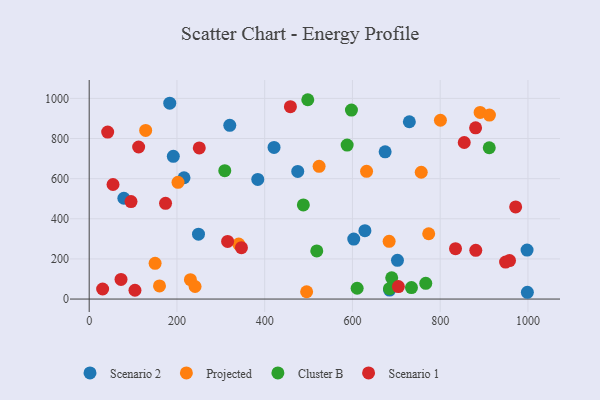
{"axis": {"x": "Investment", "y": "Salary"}, "legend": ["Cluster B", "Projected", "Scenario 1", "Scenario 2"], "data": [{"x": "384.2", "y": 596.3, "type": "Scenario 2"}, {"x": "191.7", "y": 711.2, "type": "Scenario 2"}, {"x": "216.1", "y": 604.5, "type": "Scenario 2"}, {"x": "998.0", "y": 244.0, "type": "Scenario 2"}, {"x": "183.6", "y": 976.1, "type": "Scenario 2"}, {"x": "684.6", "y": 45.0, "type": "Scenario 2"}, {"x": "421.3", "y": 755.5, "type": "Scenario 2"}, {"x": "320.4", "y": 865.8, "type": "Scenario 2"}, {"x": "79.0", "y": 502.5, "type": "Scenario 2"}, {"x": "729.7", "y": 883.6, "type": "Scenario 2"}, {"x": "998.7", "y": 33.8, "type": "Scenario 2"}, {"x": "475.3", "y": 636.2, "type": "Scenario 2"}, {"x": "702.6", "y": 193.2, "type": "Scenario 2"}, {"x": "603.0", "y": 298.8, "type": "Scenario 2"}, {"x": "249.1", "y": 323.2, "type": "Scenario 2"}, {"x": "628.4", "y": 341.0, "type": "Scenario 2"}, {"x": "674.5", "y": 734.0, "type": "Scenario 2"}, {"x": "800.5", "y": 891.2, "type": "Projected"}, {"x": "683.6", "y": 287.7, "type": "Projected"}, {"x": "773.8", "y": 325.5, "type": "Projected"}, {"x": "128.7", "y": 840.5, "type": "Projected"}, {"x": "632.2", "y": 636.4, "type": "Projected"}, {"x": "891.0", "y": 930.3, "type": "Projected"}, {"x": "524.0", "y": 661.4, "type": "Projected"}, {"x": "160.2", "y": 65.5, "type": "Projected"}, {"x": "150.2", "y": 177.9, "type": "Projected"}, {"x": "230.7", "y": 96.4, "type": "Projected"}, {"x": "756.8", "y": 632.0, "type": "Projected"}, {"x": "241.3", "y": 62.5, "type": "Projected"}, {"x": "340.7", "y": 273.9, "type": "Projected"}, {"x": "202.4", "y": 581.6, "type": "Projected"}, {"x": "495.6", "y": 36.4, "type": "Projected"}, {"x": "912.2", "y": 916.7, "type": "Projected"}, {"x": "587.9", "y": 767.4, "type": "Cluster B"}, {"x": "689.5", "y": 105.6, "type": "Cluster B"}, {"x": "734.5", "y": 57.0, "type": "Cluster B"}, {"x": "610.7", "y": 53.8, "type": "Cluster B"}, {"x": "597.7", "y": 941.9, "type": "Cluster B"}, {"x": "911.8", "y": 754.1, "type": "Cluster B"}, {"x": "309.0", "y": 639.9, "type": "Cluster B"}, {"x": "767.1", "y": 78.3, "type": "Cluster B"}, {"x": "488.1", "y": 469.1, "type": "Cluster B"}, {"x": "518.7", "y": 240.0, "type": "Cluster B"}, {"x": "684.4", "y": 51.8, "type": "Cluster B"}, {"x": "498.2", "y": 993.4, "type": "Cluster B"}, {"x": "72.5", "y": 97.6, "type": "Scenario 1"}, {"x": "880.7", "y": 853.3, "type": "Scenario 1"}, {"x": "834.9", "y": 251.0, "type": "Scenario 1"}, {"x": "315.5", "y": 287.1, "type": "Scenario 1"}, {"x": "250.9", "y": 753.1, "type": "Scenario 1"}, {"x": "704.7", "y": 62.2, "type": "Scenario 1"}, {"x": "174.0", "y": 476.9, "type": "Scenario 1"}, {"x": "949.0", "y": 184.2, "type": "Scenario 1"}, {"x": "112.7", "y": 757.8, "type": "Scenario 1"}, {"x": "42.1", "y": 832.0, "type": "Scenario 1"}, {"x": "458.6", "y": 958.6, "type": "Scenario 1"}, {"x": "881.1", "y": 242.9, "type": "Scenario 1"}, {"x": "958.0", "y": 191.7, "type": "Scenario 1"}, {"x": "95.3", "y": 485.6, "type": "Scenario 1"}, {"x": "854.8", "y": 780.2, "type": "Scenario 1"}, {"x": "30.6", "y": 50.1, "type": "Scenario 1"}, {"x": "972.0", "y": 459.4, "type": "Scenario 1"}, {"x": "104.3", "y": 43.8, "type": "Scenario 1"}, {"x": "54.3", "y": 570.9, "type": "Scenario 1"}, {"x": "347.0", "y": 256.3, "type": "Scenario 1"}]}